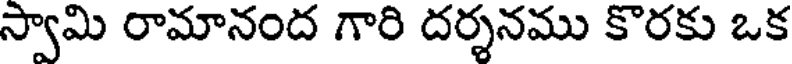
స్వామి రామానంద గారి దర్శనము కొరకు ఒక